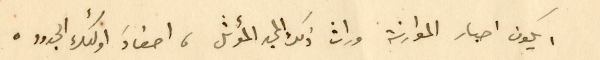
ايكون احبار الموارنة وارث ذلك المجد المؤثر، احفادَ اولئك الجدود.